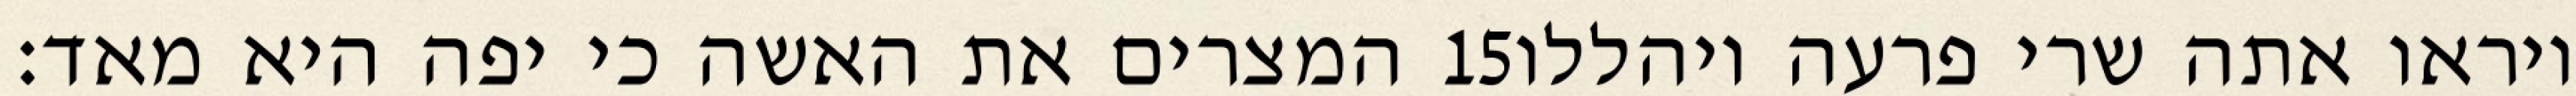
המצרים את האשה כי יפה היא מאד׃ ‎15‏ ויראו אתה שרי פרעה ויהללו